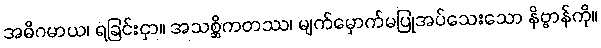
အဓိဂမာယ၊ ရခြင်းငှာ။ အသစ္ဆိကတဿ၊ မျက်မှောက်မပြုအပ်သေးသော နိဗ္ဗာန်ကို။